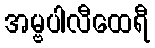
အမ္ဗပါလီထေရီ